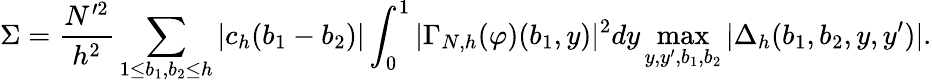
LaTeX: \Sigma=\frac{N^{\prime 2}}{h^{2}}\sum_{1\le b_{1},b_{2}\le h}|c_{h}(b_{1}-b_{2})|\int_{0}^{1}|\Gamma_{N,h}(\varphi)(b_{1},y)|^{2}dy\operatorname*{max}_{y,y^{\prime},b_{1},b_{2}}|\Delta_{h}(b_{1},b_{2},y,y^{\prime})|.